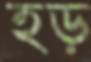
হড়